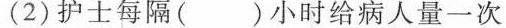
(2)护士每隔()小时给病人量一次